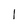
Character: 1